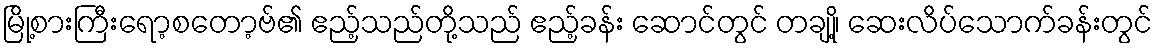
မြို့စားကြီးရော့စတော့ဗ်၏ ဧည့်သည်တို့သည် ဧည့်ခန်း ဆောင်တွင် တချို့၊ ဆေးလိပ်သောက်ခန်းတွင်